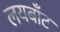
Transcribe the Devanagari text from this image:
लयबाँट